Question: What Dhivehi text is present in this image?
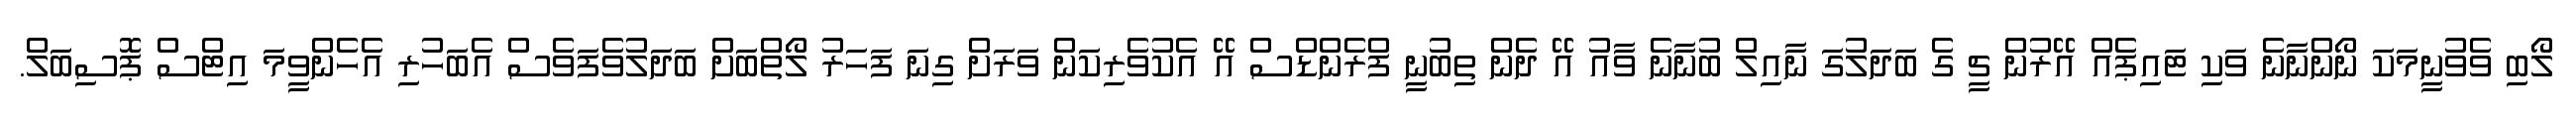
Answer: ލޯބި ވެވުނީމަކަ ނޯންނާނެ ވަކި ޓައިޕެއް އޭރުން ޗީ ގެ ބަދަލުގަ ނާއިލް ބުނާނެ ވާއު އޭ ދެން ތިބުނީ ފްރެންޑްސް އޭ އެކުވެރިކަން ވަރަށް ގިނަ ފަހަރު ލޯތްބަށް ބަދަލުވެފަވެސް އެބަހުރި އެހެންވީމަ އިޓްސް ޕޮސިބަލް.